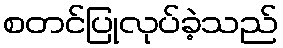
စတင်ပြုလုပ်ခဲ့သည်